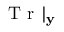
\mathrm { ~ T ~ r ~ } | _ { \mathbf { y } }